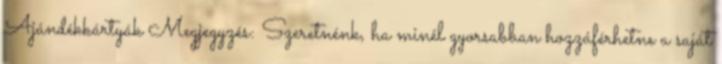
Ajándékkártyák Megjegyzés: Szeretnénk, ha minél gyorsabban hozzáférhetne a saját